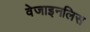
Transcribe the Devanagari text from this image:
वेजाइनलिस